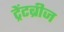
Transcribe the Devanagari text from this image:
ट्रेंटब्रीज